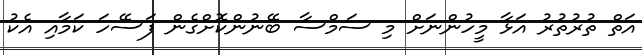
އަތް ތުރުތުރު އަޅާ މީހުންނަށް މި ސަމްސާ ބޭނުންކޮށްގެން ފަސޭހަ ކަމާއި އެކު